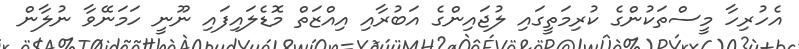
އެހުރިހާ މީސްތަކުންގެ ކުރިމަތީގައި ލުޖައިންގެ އަބުރާއި އިއްޒަތް މޮޑެލައިފައި ނޫނީ ހަމަނޭވާ ނުލާން